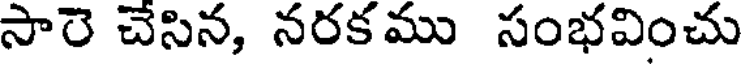
సారె చేసిన, నరకము సంభవించు